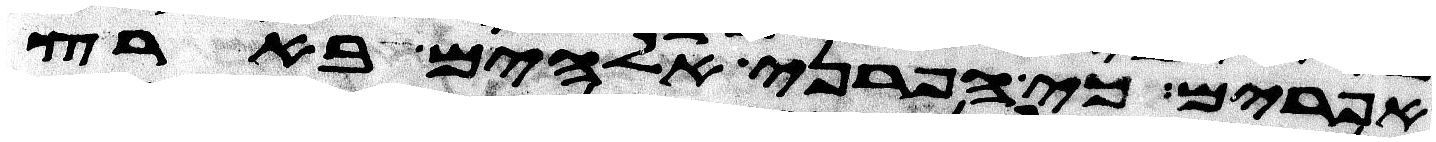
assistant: אפרים כי הפרני אלהים בארץ